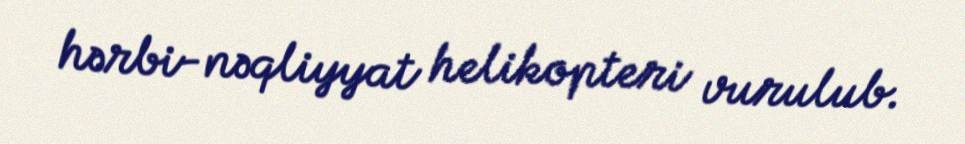
hərbi-nəqliyyat helikopteri vurulub.